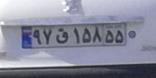
۹۷ق۱۵۸۵۵